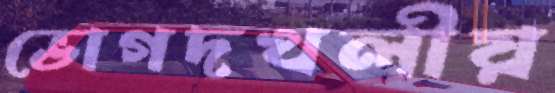
ভোগদখলীয়